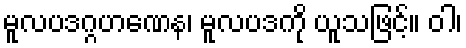
မူလပဒဂ္ဂဟဏေန၊ မူလပဒကို ယူသဖြင့်။ ဝါ၊